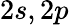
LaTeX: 2s,2p